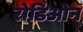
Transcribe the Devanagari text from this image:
रोडिओन